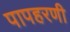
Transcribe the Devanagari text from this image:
पापहरणी